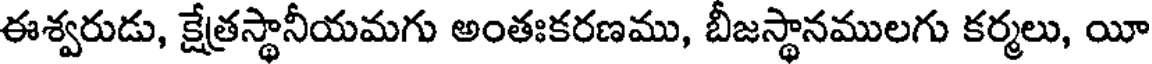
ఈశ్వరుడు, క్షేత్రస్థానీయమగు అంతఃకరణము, బీజస్థానములగు కర్మలు, యీ